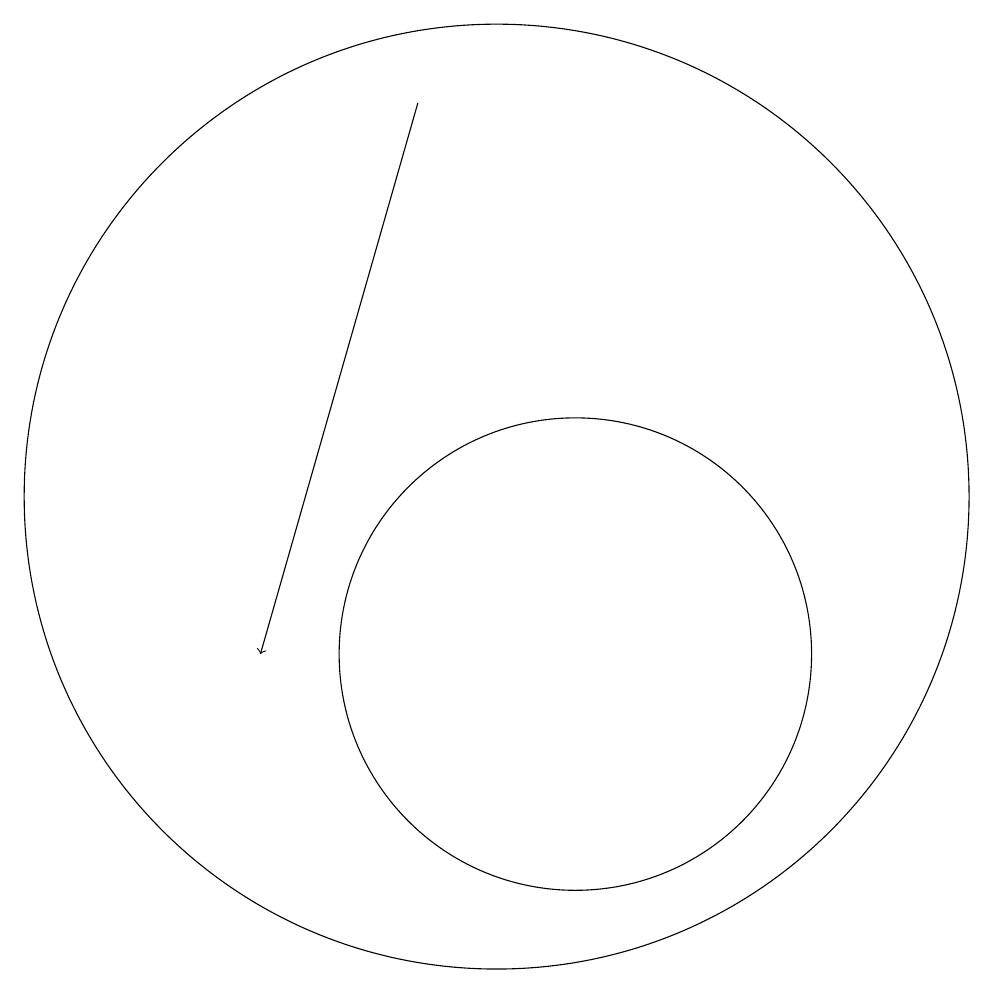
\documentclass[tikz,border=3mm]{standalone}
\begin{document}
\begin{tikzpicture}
\draw (10,12) circle (6);
\draw (11,10) circle (3);
\draw[->] (9,17) -- (7,10);
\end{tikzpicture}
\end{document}